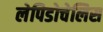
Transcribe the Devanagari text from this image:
लेपिडोचेलिस